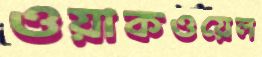
ওয়াকওয়েল